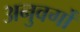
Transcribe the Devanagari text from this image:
अनुवर्गों